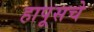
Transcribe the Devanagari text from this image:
हापूसचे